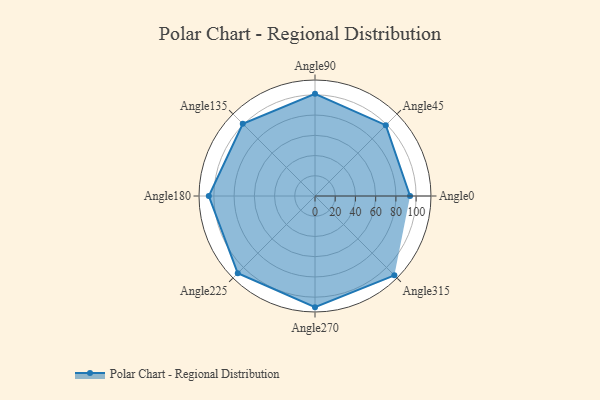
{"axis": {"x": "Angle", "y": "Radius"}, "legend": [""], "data": [{"x": "Angle0", "y": 94.0, "type": ""}, {"x": "Angle45", "y": 99.0, "type": ""}, {"x": "Angle90", "y": 101.0, "type": ""}, {"x": "Angle135", "y": 101.0, "type": ""}, {"x": "Angle180", "y": 105.0, "type": ""}, {"x": "Angle225", "y": 108.0, "type": ""}, {"x": "Angle270", "y": 110.0, "type": ""}, {"x": "Angle315", "y": 111.0, "type": ""}]}